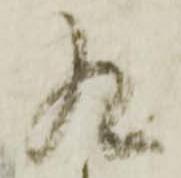
九